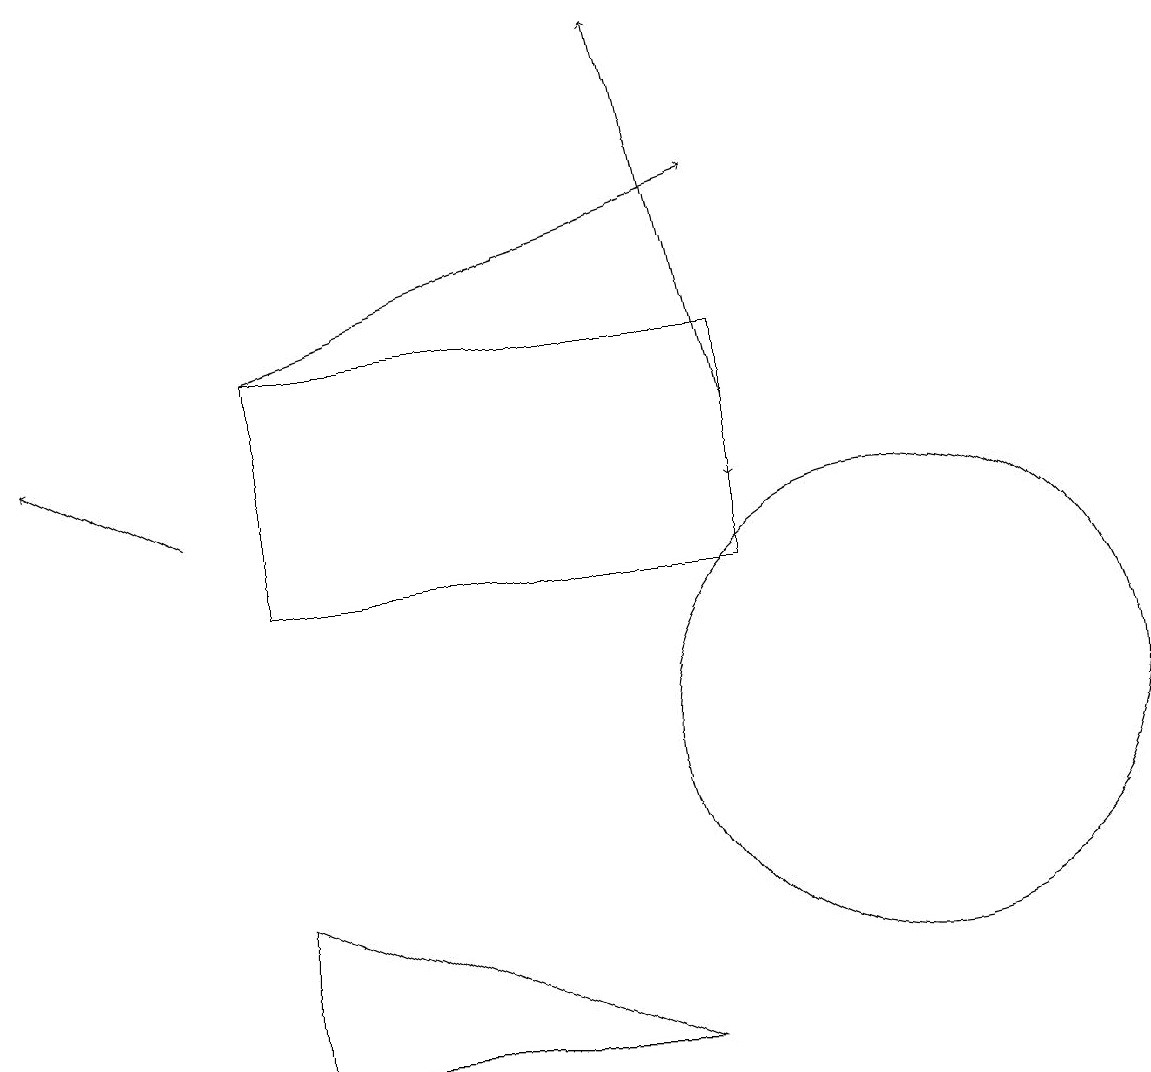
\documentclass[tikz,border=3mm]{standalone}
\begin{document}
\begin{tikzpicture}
\draw[->] (2,13) -- (0,14);
\draw[->] (3,15) -- (9,17);
\draw[->] (9,14) -- (8,19);
\draw[->] (9,15) -- (9,13);
\draw (3,8) -- (8,6) -- (3,6) -- cycle;
\draw (11,10) circle (3);
\draw (9,15) rectangle (3,12);
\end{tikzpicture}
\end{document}